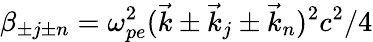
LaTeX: \beta_{\pm j\pm n}=\omega_{pe}^{2}(\vec{k}\pm\vec{k}_{j}\pm\vec{k}_{n})^{2}c^{2}/4